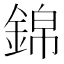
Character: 錦